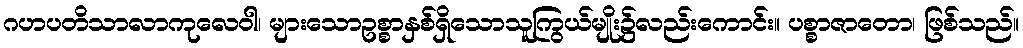
ဂဟပတိသာလာကုလေဝါ၊ များသောဥစ္စာနှစ်ရှိသောသူကြွယ်မျိုး၌လည်းကောင်း။ ပစ္စာဇာတော၊ ဖြစ်သည်။